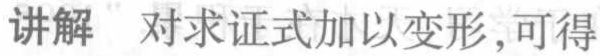
讲解 对求证式加以变形,可得